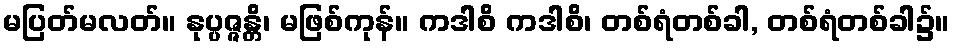
မပြတ်မလတ်။ နုပ္ပဇ္ဇန္တိ၊ မဖြစ်ကုန်။ ကဒါစိ ကဒါစိ၊ တစ်ရံတစ်ခါ, တစ်ရံတစ်ခါ၌။